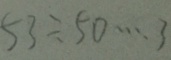
5 3 \div 5 0 \cdots 3